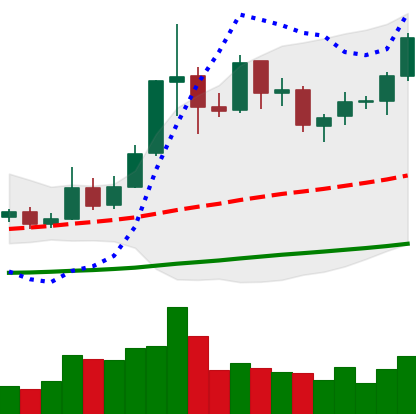
Ticker: ETC-USD
Chart end date: 2019-05-27
Forward return: 4.623%
Label: up_3_5